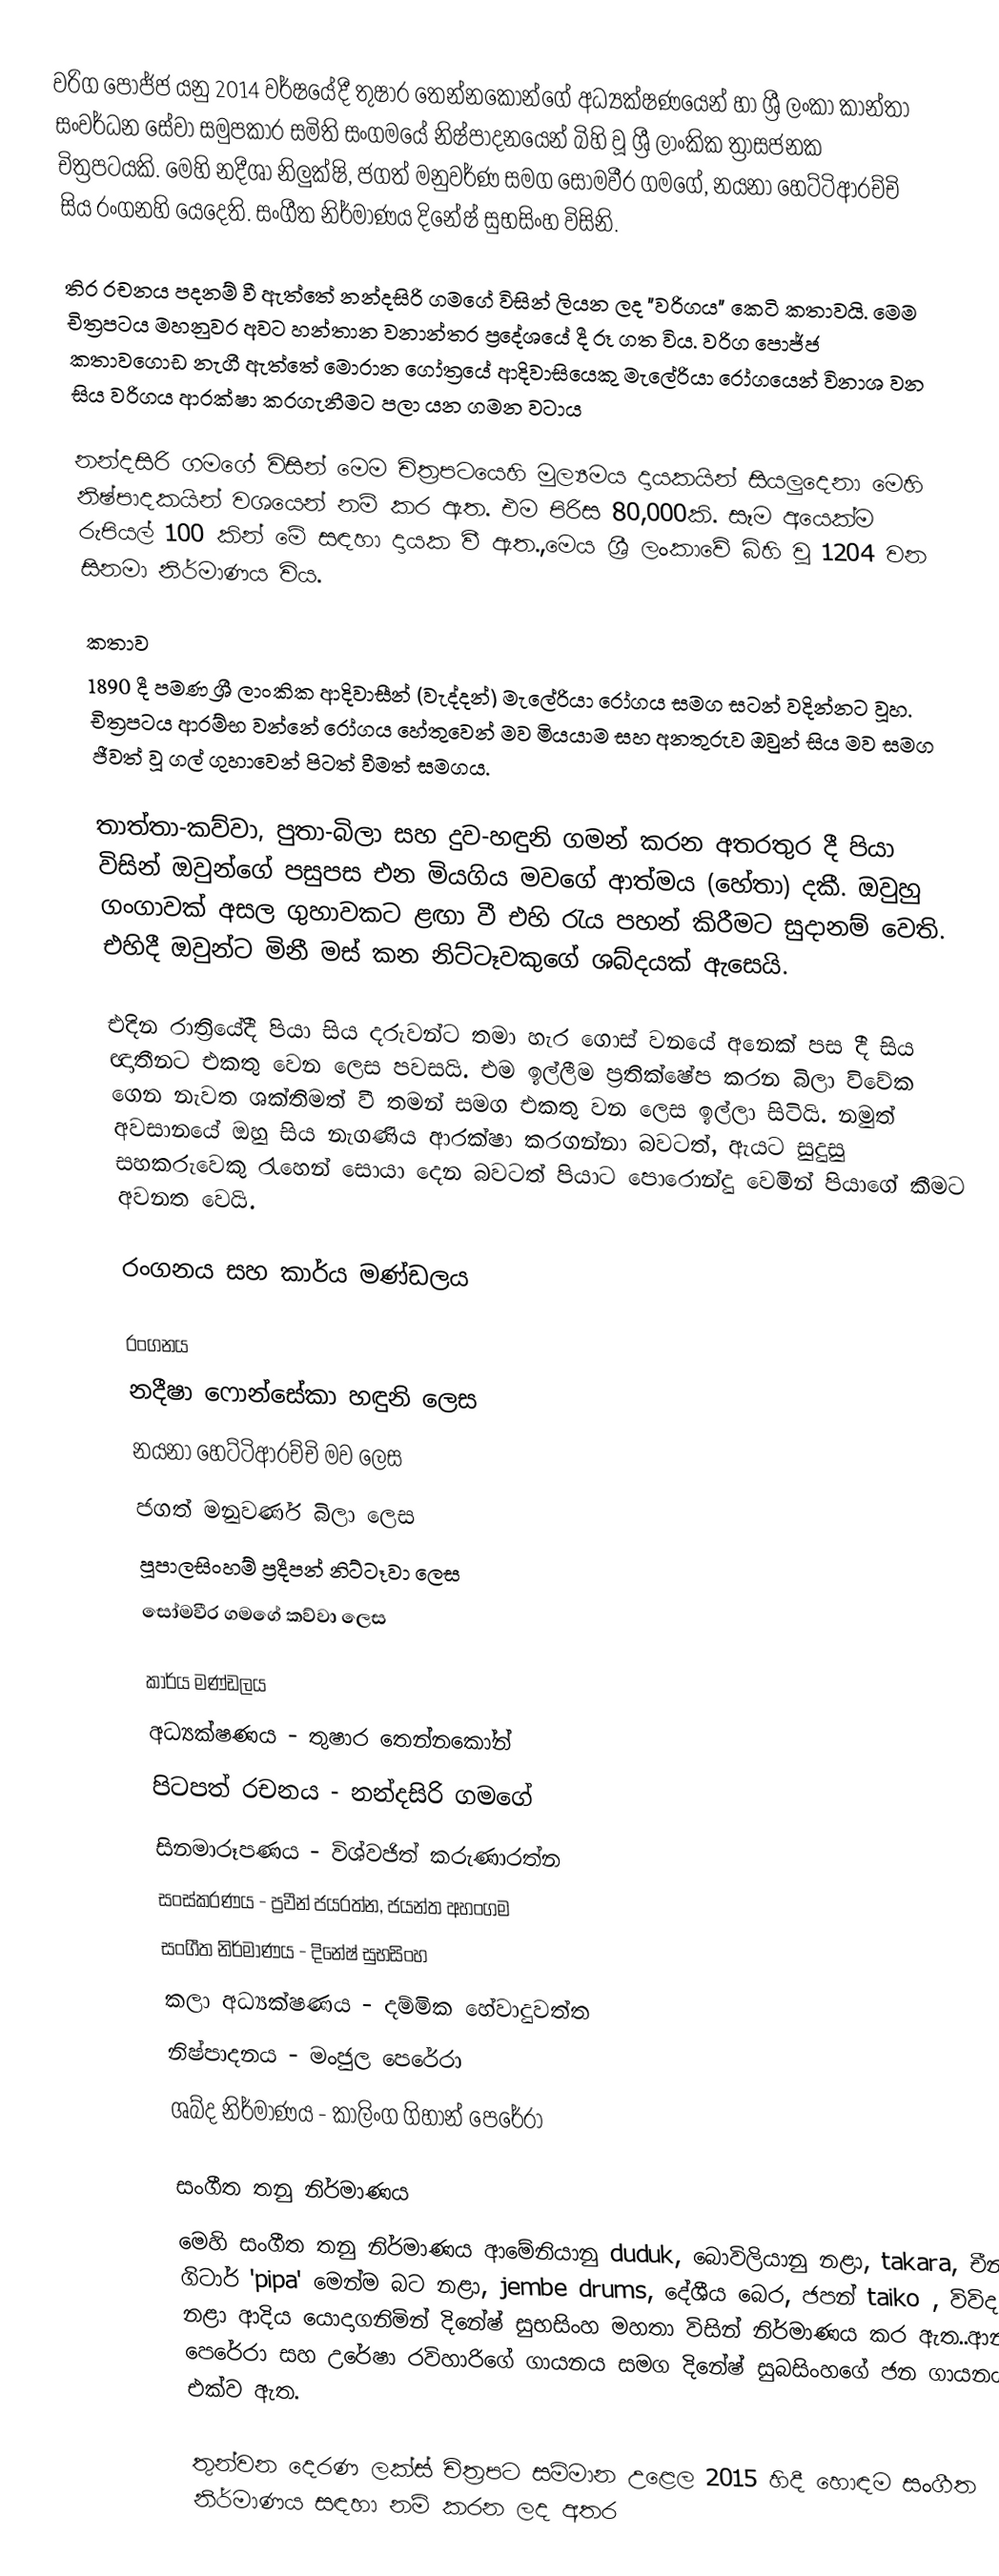
වරිග පොජ්ජ යනු 2014 වර්ෂයේදී තුෂාර තෙන්නකෝන්ගේ අධ්‍යක්ෂණයෙන් හා ශ්‍රී ලංකා කාන්තා සංවර්ධන සේවා සමුපකාර සමිති සංගමයේ නිෂ්පාදනයෙන් බිහි වූ ශ්‍රී ලාංකික ත්‍රාසජනක චිත්‍රපටයකි.   මෙහි නදීශා නිලුක්ෂි, ජගත් මනුවර්ණ සමග සෝමවීර ගමගේ, නයනා හෙට්ටිආරච්චි සිය රංගනහි යෙදෙති.  සංගීත නිර්මාණය දිනේෂ් සුභසිංහ විසිනි.  

තිර රචනය පදනම් වී ඇත්තේ නන්දසිරි ගමගේ විසින් ලියන ලද "වරිගය" කෙටි කතාවයි. මෙම චිත්‍රපටය මහනුවර අවට හන්තාන වනාන්තර ප්‍රදේශයේ දී රූ ගත විය. වරිග පොජ්ජ  කතාවගොඩ නැගී ඇත්තේ මොරාන ගෝත්‍රයේ ආදිවාසියෙකු මැලේරියා රෝගයෙන් විනාශ වන සිය වරිගය ආරක්ෂා කරගැනීමට පලා යන ගමන වටාය

නන්දසිරි ගමගේ විසින් මෙම චිත්‍රපටයෙහි මුල්‍යමය දායකයින් සියලුදෙනා මෙහි නිෂ්පාදකයින් වශයෙන් නම් කර ඇත. එම පිරිස 80,000කි. සෑම අයෙක්ම රුපියල් 100 කින් මේ සඳහා දායක වී ඇත.,මෙය ශ්‍රී ලංකාවේ බිහි වූ 1204 වන සිනමා නිර්මාණය විය.

කතාව
1890 දී පමණ ශ්‍රී ලාංකික ආදිවාසීන් (වැද්දන්) මැලේරියා රෝගය සමග සටන් වදින්නට වූහ. චිත්‍රපටය ආරම්භ වන්නේ රෝගය හේතුවෙන් මව මියයාම සහ අනතුරුව ඔවුන් සිය මව සමග ජීවත් වූ ගල් ගුහාවෙන් පිටත් වීමත් සමගය. 

තාත්තා-කව්වා, පුතා-බිලා සහ දුව-හඳුනි ගමන් කරන අතරතුර දී පියා විසින් ඔවුන්ගේ පසුපස එන මියගිය මවගේ ආත්මය (හේතා) දකී. ඔවුහු ගංගාවක් අසල ගුහාවකට ළඟා වී එහි රැය පහන් කිරීමට සුදානම් වෙති. එහිදී ඔවුන්ට මිනී මස් කන නිට්ටෑවකුගේ ශබ්දයක් ඇසෙයි.

එදින රාත්‍රියේදී පියා සිය දරුවන්ට තමා හැර ගොස් වනයේ අනෙක් පස දී සිය ඥාතීනට එකතු වෙන ලෙස පවසයි. එම ඉල්ලීම ප්‍රතික්ෂේප කරන බිලා විවේක ගෙන නැවත ශක්තිමත් වී තමන් සමග එකතු වන ලෙස ඉල්ලා සිටියි. නමුත් අවසානයේ ඔහු සිය නැගණිය ආරක්ෂා කරගන්නා බවටත්, ඇයට සුදුසු සහකරුවෙකු රැහෙන් සොයා දෙන බවටත් පියාට පොරොන්දු වෙමින් පියාගේ කීමට අවනත වෙයි.

රංගනය සහ කාර්ය මණ්ඩලය

රංගනය
 නදීෂා ෆොන්සේකා හඳුනි ලෙස
 නයනා හෙට්ටිආරච්චි මව ලෙස
 ජගත් මනුවර්ණ බිලා ලෙස
 පූපාලසිංහම් ප්‍රදීපන් නිට්ටෑවා ලෙස
 සෝමවීර ගමගේ කව්වා ලෙස

කාර්ය මණ්ඩලය
 අධ්‍යක්ෂණය - තුෂාර තෙන්නකෝන්
 පිටපත් රචනය - නන්දසිරි ගමගේ
 සිනමාරූපණය - විශ්වජිත් කරුණාරත්න
 සංස්කරණය - ප්‍රවීන් ජයරත්න, ජයන්ත අහංගම
 සංගීත නිර්මාණය - දිනේෂ් සුභසිංහ
 කලා අධ්‍යක්ෂණය - දම්මික හේවාදුවත්ත
 නිෂ්පාදනය - මංජුල පෙරේරා
 ශබ්ද නිර්මාණය - කාලිංග ගිහාන් පෙරේරා

සංගීත තනු නිර්මාණය
මෙහි සංගීත තනු නිර්මාණය ආමේනියානු duduk, බොවිලියානු නළා, takara, චීන ගිටාර් 'pipa' මෙන්ම බට නළා, jembe drums, දේශීය බෙර, ජපන් taiko , විවිද ලී නළා ආදිය යොදාගනිමින් දිනේෂ් සුභසිංහ මහතා විසින් නිර්මාණය කර ඇත..ආනන්ද පෙරේරා සහ උරේෂා රවිහාරිගේ ගායනය සමග දිනේෂ් සුබසිංහගේ ජන ගායනය එක්ව ඇත.

තුන්වන දෙරණ ලක්ස් චිත්‍රපට සම්මාන උළෙල 2015 හිදී හොඳම සංගීත නිර්මාණය සඳහා නම් කරන ලද අතර